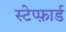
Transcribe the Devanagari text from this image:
स्टेप्फ़ार्ड